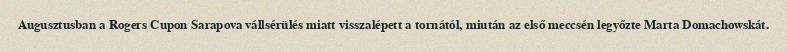
Augusztusban a Rogers Cupon Sarapova vállsérülés miatt visszalépett a tornától, miután az első meccsén legyőzte Marta Domachowskát.